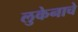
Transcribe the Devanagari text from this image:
लुकेनाचे